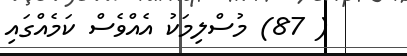
( 87) މުސްލިމަކު އެއްވެސް ކަމެއްގައި